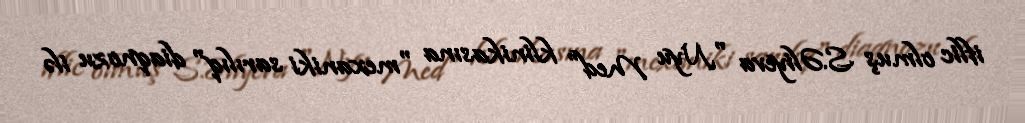
iflic olmuş S.Əliyeva "Nyu Med" klinikasına "mexaniki sarılıq" diaqnozu ilə